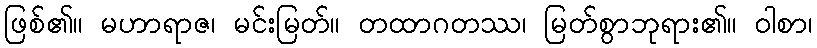
ဖြစ်၏။ မဟာရာဇ၊ မင်းမြတ်။ တထာဂတဿ၊ မြတ်စွာဘုရား၏။ ဝါစာ၊